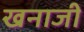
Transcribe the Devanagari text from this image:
खनाजी